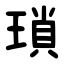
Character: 瑣